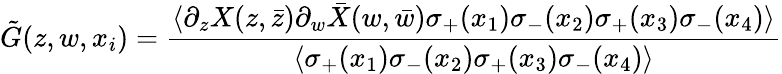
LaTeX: \tilde{G}(z,w,x_{i})=\frac{\langle\partial_{z}X(z,\bar{z})\partial_{w}\bar{X}(w,\bar{w})\sigma_{+}(x_{1})\sigma_{-}(x_{2})\sigma_{+}(x_{3})\sigma_{-}(x_{4})\rangle}{\langle\sigma_{+}(x_{1})\sigma_{-}(x_{2})\sigma_{+}(x_{3})\sigma_{-}(x_{4})\rangle}